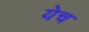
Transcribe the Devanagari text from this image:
येच